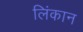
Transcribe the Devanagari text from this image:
लिंकान